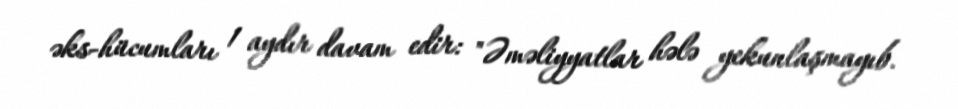
əks-hücumları 1 aydır davam edir: "Əməliyyatlar hələ yekunlaşmayıb.